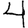
Digit: 4